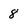
Character: 8